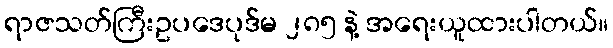
ရာဇသတ်ကြီးဥပဒေပုဒ်မ ၂၈၅ နဲ့ အရေးယူထားပါတယ်။